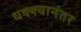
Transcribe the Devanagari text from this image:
धक्क्यानंतर